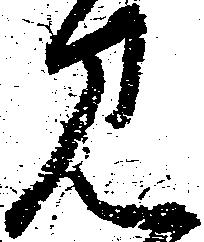
見